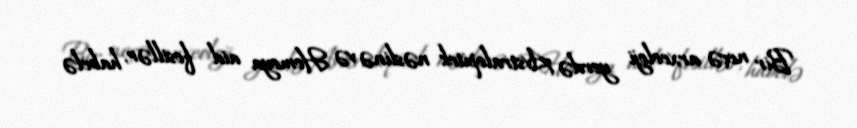
Bir neçə arxeoloji yerdə Avstralopitek nəslinə və Homoya aid fosillər, habelə